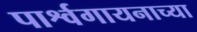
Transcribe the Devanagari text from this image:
पार्श्वगायनाच्या